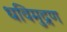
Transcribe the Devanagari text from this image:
धविमुद्रण